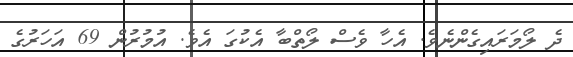
ދެ ލޯމަރައިގެންނެވެ. އެހާ ވެސް ލޯތްބާ އެކުގަ އެވެ. އުމުރުން 69 އަހަރުގެ